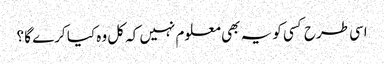
اسی طرح کسی کو یہ بھی معلوم نہیں کہ کل وہ کیا کرے گا ؟